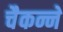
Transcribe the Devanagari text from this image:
चैकन्ने